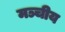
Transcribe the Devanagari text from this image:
मञ्चीय